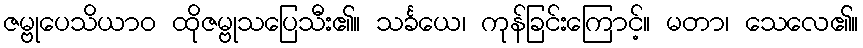
ဇမ္ဗုပေသိယာဝ ထိုဇမ္ဗုသပြေသီး၏။ သင်္ခယေ၊ ကုန်ခြင်းကြောင့်။ မတာ၊ သေလေ၏။